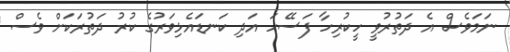
ނަމަވެސް އެ ދަތުރުވީ ހީކުރިހާ ފަސޭހަ އަދި ކަނޑައެޅިވަރުގެ ކުރު ދަތުރަކަށް ވެސް